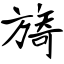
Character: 旖